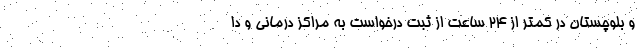
و بلوچستان در کمتر از 24 ساعت از ثبت درخواست به مراکز درمانی و دا